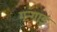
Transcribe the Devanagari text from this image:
गन्गाड़